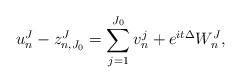
LaTeX: \begin{align*}u_n^J - z_{n,J_0}^J = \sum_{j=1}^{J_0} v_n^j + e^{it\Delta} W_n^J,\end{align*}